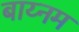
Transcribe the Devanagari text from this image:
बाय्नम